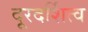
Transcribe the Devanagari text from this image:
दूरदर्शित्व